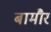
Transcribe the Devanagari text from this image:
बामौर